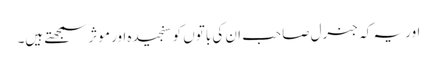
اور یہ کہ جنرل صاحب ان کی باتوں کو سنجیدہ اور موثر سمجھتے ہیں۔